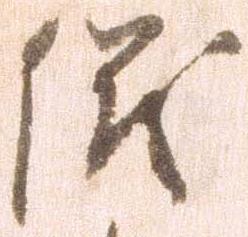
儀